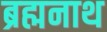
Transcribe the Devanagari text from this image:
ब्रह्मनाथ